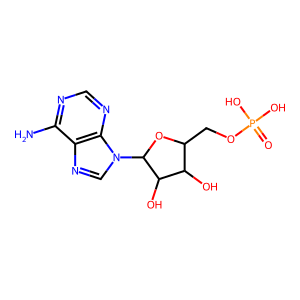
SMILES: Nc1ncnc2c1ncn2C1OC(COP(=O)(O)O)C(O)C1O
Inhibits HIV replication: No